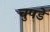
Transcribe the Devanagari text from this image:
चुपडे